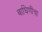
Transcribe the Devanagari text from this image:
वाघिणींचा